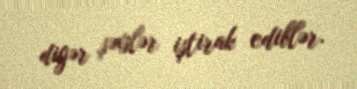
digər şəxslər iştirak ediblər.